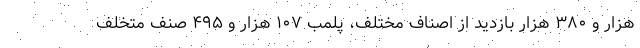
هزار و ۳۸۰ هزار بازدید از اصناف مختلف، پلمب ۱۰۷ هزار و ۴۹۵ صنف متخلف